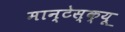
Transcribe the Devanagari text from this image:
मान्टेस्क्यू